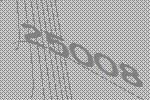
25008